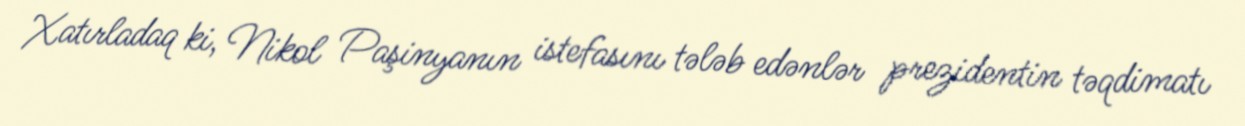
Xatırladaq ki, Nikol Paşinyanın istefasını tələb edənlər prezidentin təqdimatı